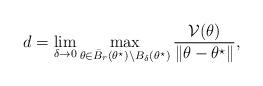
LaTeX: \begin{align*} d = \lim_{\delta\to 0} \max_{\theta\in \bar{B}_r(\theta^\star)\setminus B_\delta(\theta^\star)} \frac{\mathcal{V}(\theta)}{\|\theta-\theta^\star\|},\end{align*}